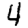
Digit: 4